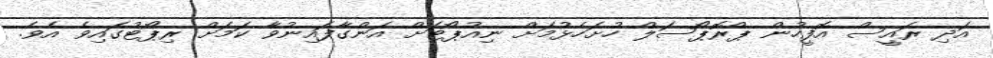
އަދި ރައީސް އޮފީހުން ޕްރޮޕޯސަލް ހުށަހެޅުމަށް ނިއުޕޯޓަށް އަންގާފައިނުވާ ކަމަށް ރިޕޯޓުގައިވެ އެވެ.